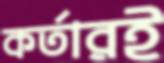
কর্তারই